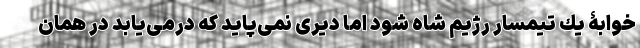
‌خوابۀ يك تيمسار رژيم شاه شود اما ديری نمی‌پايد كه درمی‌يابد در همان